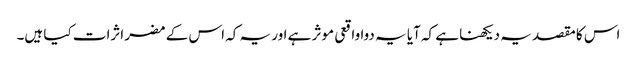
اس کا مقصد یہ دیکھنا ہے کہ آیا یہ دوا واقعی موثر ہے اور یہ کہ اس کے مضر اثرات کیا ہیں۔